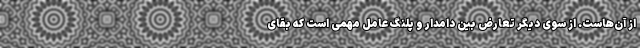
از آن‌هاست. از سوی دیگر تعارض بین دامدار و پلنگ عامل مهمی است که بقای